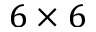
6 \times 6